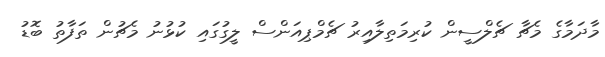
މާދަމާގެ މެޗާ ޗެލްސީން ކުރިމަތިލާއިރު ޗެމްޕިއަންސް ލީގުގައި ކުޅުނު މެޗުން ތަފާތު ބޮޑު